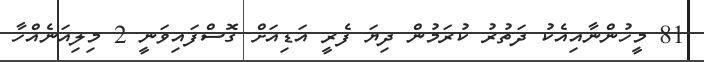
81 މީހުންނާއިއެކު ދަތުރު ކުރަމުން ދިޔަ ފެރީ އަޑިއަށް ގޮސްފައިވަނީ 2 މިލިއަނެއްހާ